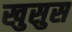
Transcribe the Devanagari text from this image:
खुसुस